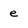
Character: e